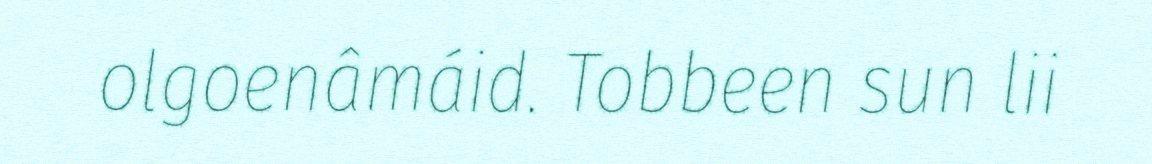
olgoenâmáid. Tobbeen sun lii